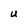
Character: u